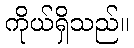
ကိုယ်ရှိသည်။